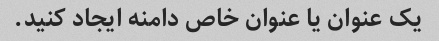
یک عنوان یا عنوان خاص دامنه ایجاد کنید.